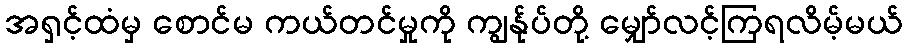
အရှင့်ထံမှ စောင်မ ကယ်တင်မှုကို ကျွန်ုပ်တို့ မျှော်လင့်ကြရလိမ့်မယ်